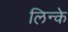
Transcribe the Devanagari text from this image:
लिन्के